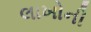
લાખોની